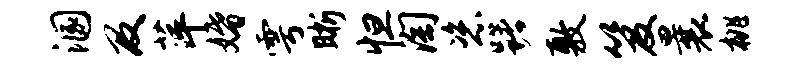
溷及萍婚雩晰怛淘恣躇敷笈曩桃